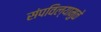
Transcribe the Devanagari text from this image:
संपविल्यामुळे